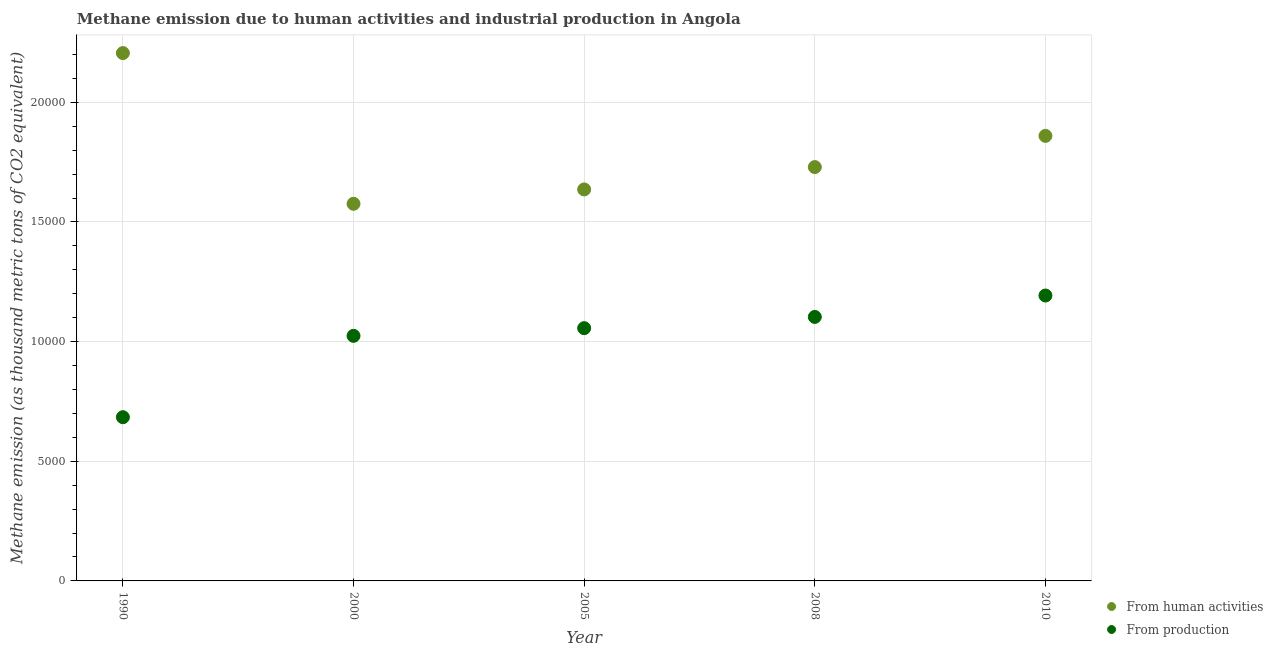
| Year | From human activities | From production |
 | --- | --- | --- |
 | 1990 | 2.21e+04 | 6.84e+03 |
 | 2000 | 1.58e+04 | 1.02e+04 |
 | 2005 | 1.64e+04 | 1.06e+04 |
 | 2008 | 1.73e+04 | 1.1e+04 |
 | 2010 | 1.86e+04 | 1.19e+04 |